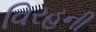
વિરહની